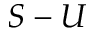
S - U